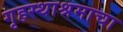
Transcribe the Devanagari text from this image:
गृहस्थाश्रमाचा